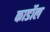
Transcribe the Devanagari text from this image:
कार्डोल